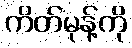
ကိတ်မုန့်ကို